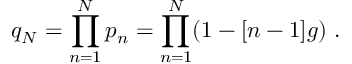
q _ { N } = \prod _ { n = 1 } ^ { N } p _ { n } = \prod _ { n = 1 } ^ { N } ( 1 - [ n - 1 ] g ) \ .